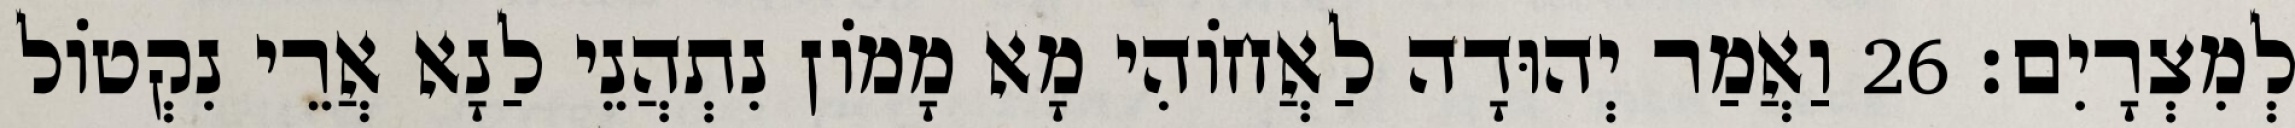
לְמִצְרָיִם׃ 26 וַאֲמַר יְהוּדָה לַאֲחוֹהִי מָא מָמוֹן נִתְהֲנֵי לַנָא אֲרֵי נִקְטוֹל